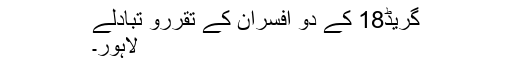
گریڈ18 کے دو افسران کے تقررو تبادلے
لاہور۔